Lunatic asylums Punjab 1911-1921 - 1911-1921
Year: 1911
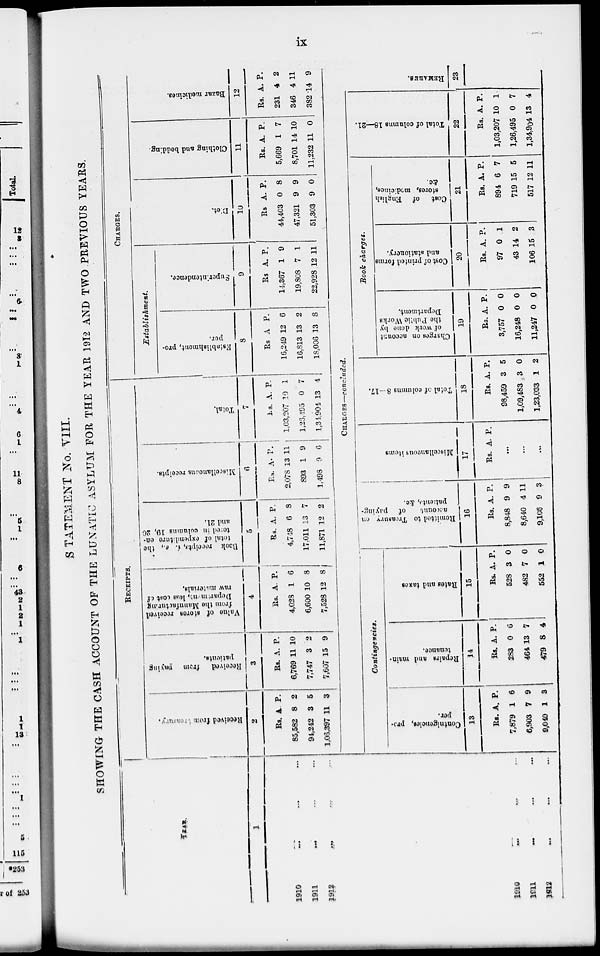
ix
STATEMENT No. VIII.
SHOWING THE CASH ACCOUNT OF THE LUNATIC ASYLUM FOR THE YEAR 1912 AND TWO PREVIOUS YEARS.
1
1910 ... ... ...
1911 ... ... ...
1912 ... ... ...
RECEIPTS.
Received from treasury.
2
Rs.
85,582
94,242
1,06,397
A.
8
3
11
P.
2
5
3
Received
from paying
patients.
3
Rs.
6,769
7,747
7,607
A.
11
3
15
P.
10
2
9
Value of stores received
from the Manufacturing
Department, leas cost of
raw materials.
4
Rs.
4,028
6,600
7,528
A.
1
10
12
P.
6
8
8
Book receipts,
i. e., the
total of expenditure en-
tered
in columns 19, 20
and 21.
5
Rs.
4,748
17,011
11,871
A.
6
13
12
P.
8
7
2
Miscellaneous receipts.
6
Rs.
2,078
893
1,498
A.
13
1
9
P.
11
9
6
Total.
7
Rs.
1,03,207
1,26,495
1,34,904
A.
10
0
13
P.
1
7
4
CHARGES.
Establishment.
Establishment, pro-
per.
8
Rs
16,249
16,813
18,006
A
12
13
13
P.
6
2
8
Superintendence.
9
Rs
14,367
19,808
22,928
A.
1
7
12
P.
9
1
11
Diet.
10
Rs
44,403
47,321
51,303
A.
0
9
9
P.
8
9
0
Clothing and bedding.
11
Rs.
5,669
8,701
11,232
A.
1
14
11
P.
7
10
0
Bazar medicines.
12
Rs.
231
346
382
A.
4
4
14
P.
2
11
9
1910 ... ... ...
1911 ... ... ...
1912 ... ... ...
CHARGES—concluded.
Contingencies.
Contingencies, pro
per.
13
Rs.
7,879
6,903
9,040
A.
1
7
1
P.
6
9
3
Repairs and main-
tcnance.
14
Rs.
283
464
479
A.
0
13
8
P.
6
7
4
Rates
and taxes
15
Rs.
528
482
552
A.
3
7
1
P.
0
0
0
Remitted
to Treasury on
account of paying-
patients, &c.
16
Rs.
8,848
8,640
9,106
A.
9
4
9
P.
9
11
3
Miscellaneous items
17
Rs. A. P.
...
...
...
Total of columns 8-17.
18
Rs.
98,459
1,09,483
1,23,033
A.
3
3
1
P.
5
0
2
Book charges.
Charges on account
of work done by
the Public Works
Department.
19
Rs.
3,757
16,248
11,247
A.
0
0
0
P.
0
0
0
Cost of printed forms
and stationery.
20
Rs.
97
43
106
A.
0
14
15
P.
1
2
3
Cost
of English
stores, medicines,
&c.
21
Rs.
894
719
517
A.
6
15
12
P.
7
5
11
Total of columns 18—21.
22
Rs.
1,03,207
1,26,495
1,34,904
A.
10
0
13
P.
1
7
4
REMARKS.
23